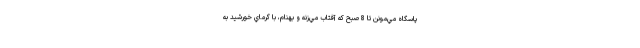
پاسگاه مي‌مونن تا 8 صبح كه آفتاب مي‌زنه و بهنام، با گرماي خورشيد به